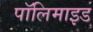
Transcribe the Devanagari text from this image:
पॉलिमाइड